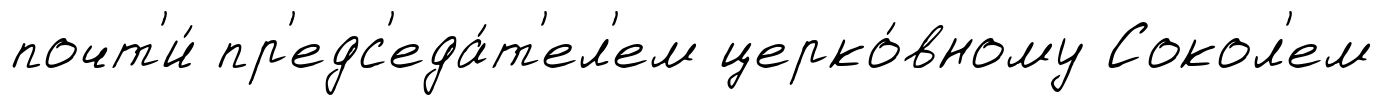
почт'и́ пр'едс'еда́т'ел'ем церко́вному Сокол'ем